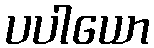
ပပါယော